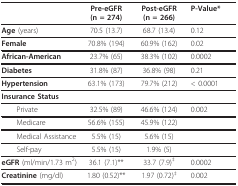
<table><thead><tr><td></td><td><b>Pre-eGFR (n = 274)</b></td><td><b>Post-eGFR (n = 266)</b></td><td><b>P-Value*</b></td></tr></thead><tbody><tr><td><b>Age </b>(years)</td><td>70.5 (13.7)</td><td>68.7 (13.4)</td><td>0.12</td></tr><tr><td><b>Female</b></td><td>70.8% (194)</td><td>60.9% (162)</td><td>0.02</td></tr><tr><td><b>African-American</b></td><td>23.7% (65)</td><td>38.3% (102)</td><td>0.0002</td></tr><tr><td><b>Diabetes</b></td><td>31.8% (87)</td><td>36.8% (98)</td><td>0.21</td></tr><tr><td><b>Hypertension</b></td><td>63.1% (173)</td><td>79.7% (212)</td><td>&lt; 0.0001</td></tr><tr><td><b>Insurance Status</b></td><td></td><td></td><td></td></tr><tr><td> Private</td><td>32.5% (89)</td><td>46.6% (124)</td><td>0.002</td></tr><tr><td> Medicare</td><td>56.6% (155)</td><td>45.9% (122)</td><td></td></tr><tr><td> Medical Assistance</td><td>5.5% (15)</td><td>5.6% (15)</td><td></td></tr><tr><td> Self-pay</td><td>5.5% (15)</td><td>1.9% (5)</td><td></td></tr><tr><td><b>eGFR </b>(ml/min/1.73 m<sup>2</sup>)</td><td>36.1 (7.1)**</td><td>33.7 (7.9)<sup>‡</sup></td><td>0.0002</td></tr><tr><td><b>Creatinine </b>(mg/dl)</td><td>1.80 (0.52)**</td><td>1.97 (0.72)<sup>‡</sup></td><td>0.002</td></tr></tbody></table>